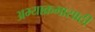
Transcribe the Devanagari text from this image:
अभ्याक्रमासाठी